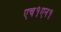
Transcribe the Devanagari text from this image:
एच१एन१